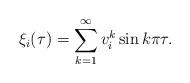
LaTeX: \begin{align*}\xi_i(\tau)= \sum_{k=1}^{\infty} v^k_i \sin k \pi \tau. \end{align*}